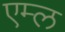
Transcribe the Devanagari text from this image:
एम्ल